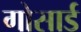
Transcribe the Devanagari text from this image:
गोसार्ड